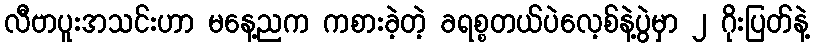
လီဗာပူးအသင်းဟာ မနေ့ညက ကစားခဲ့တဲ့ ခရစ္စတယ်ပဲလေ့စ်နဲ့ပွဲမှာ ၂ ဂိုးပြတ်နဲ့